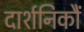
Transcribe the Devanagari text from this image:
दार्शनिकौं